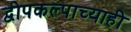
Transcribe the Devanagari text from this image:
द्वीपकल्पाच्याही